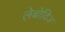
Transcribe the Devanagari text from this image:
लेबोविज